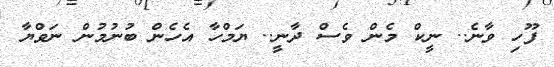
ފޫހި ވާނެ.. ނީކް މެން ވެސް ދާނީ.. ޔަމްހާ އެހެން ބުނުމުން ނަވްޔާ